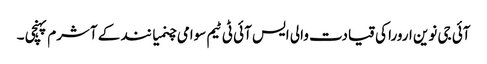
آئی جی نوین ارورا کی قیادت والی ایس آئی ٹی ٹیم سوامی چنمیا نند کے آشرم پہنچی ۔